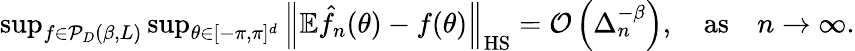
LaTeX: \begin{array}{r}{\operatorname*{sup}_{f\in{\cal P}_{D}(\beta,L)}\operatorname*{sup}_{\theta\in[-\pi,\pi]^{d}}\left\Vert\mathbb{E}\hat{f}_{n}(\theta)-f(\theta)\right\Vert_{\mathrm{HS}}=\mathcal{O}\left(\Delta_{n}^{-\beta}\right),\quad\mathrm{as}\quad n\to\infty.}\end{array}